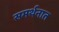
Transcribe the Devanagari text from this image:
समर्थनात